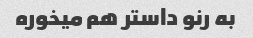
به رنو داستر هم میخوره